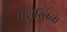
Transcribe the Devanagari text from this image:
पलेस्तिना